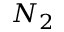
N _ { 2 }